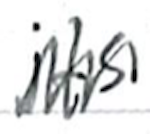
Text: its
Cross-out: zig-zag
Writing tool: ballpoint